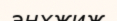
энхжиж